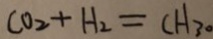
C O _ { 2 } + H _ { 2 } = C H _ { 3 } 。